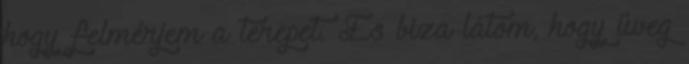
hogy felmérjem a terepet. És biza látom, hogy üveg